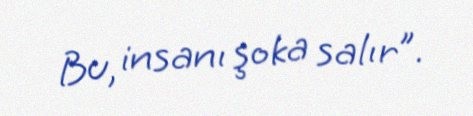
Bu, insanı şoka salır”.